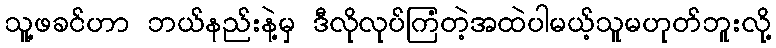
သူ့ဖခင်ဟာ ဘယ်နည်းနဲ့မှ ဒီလိုလုပ်ကြံတဲ့အထဲပါမယ့်သူမဟုတ်ဘူးလို့